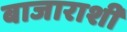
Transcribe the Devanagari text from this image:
बाजाराशीं